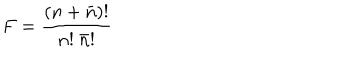
LaTeX: F = { \frac { ( n + \bar { n } ) ! } { n ! \ \bar { n } ! } }